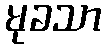
မုခသာ